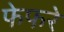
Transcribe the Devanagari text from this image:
फेफरे